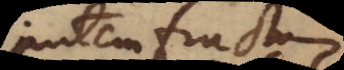
autem fructum